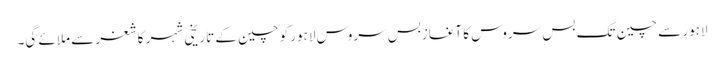
لاہور سے چین تک بس سروس کا آغازبس سروس لاہور کو چین کے تاریخی شہر کاشغر سے ملائے گی۔